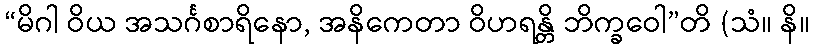
“မိဂါ ဝိယ အသင်္ဂစာရိနော, အနိကေတာ ဝိဟရန္တိ ဘိက္ခဝေါ”တိ (သံ။ နိ။